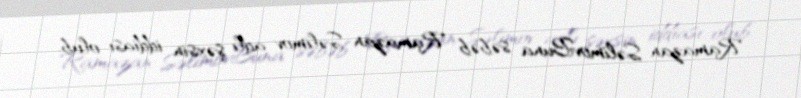
Ramazan SəlimovBuna səbəb Ramazan Səlimov adlı şəxsin iddiası olub.